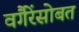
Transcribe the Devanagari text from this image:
वगैरेंसोबत